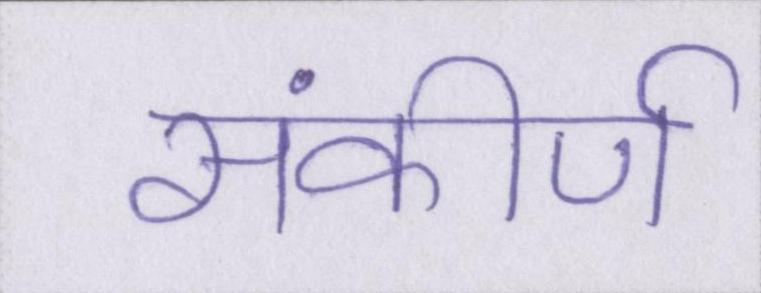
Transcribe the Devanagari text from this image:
संकीर्ण